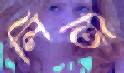
লিতি